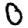
Digit: 0